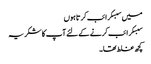
میں سبسکرائب کرتا ہوں
سبسکرائب کرنے کے لئے آپ کا شکریہ
کچھ غلط تھا۔